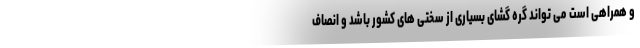
و همراهی است می تواند گره گشای بسیاری از سختی های کشور باشد و انصاف